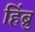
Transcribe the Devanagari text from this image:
हिंब्रु